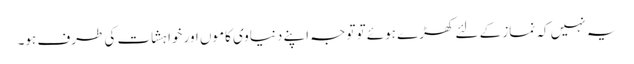
یہ نہیں کہ نماز کے لئے کھڑے ہوئے تو توجہ اپنے دنیاوی کاموں اور خواہشات کی طرف ہو۔